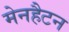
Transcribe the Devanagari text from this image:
मेनहैटन